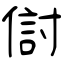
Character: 傠